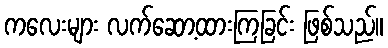
ကလေးများ လက်ဆော့ထားကြခြင်း ဖြစ်သည်။